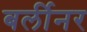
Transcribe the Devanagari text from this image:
बर्लीनर